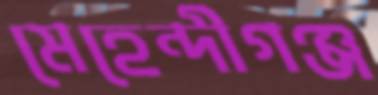
মেহেন্দীগঞ্জ